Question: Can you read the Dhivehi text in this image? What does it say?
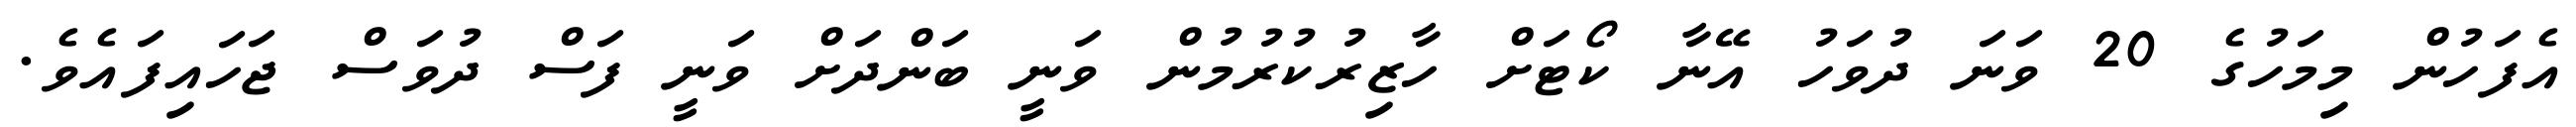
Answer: އެފަހުން މިމަހުގެ 20 ވަނަ ދުވަހު އޭނާ ކޯޓަށް ހާޒިރުކުރުމުން ވަނީ ބަންދަށް ވަނީ ފަސް ދުވަސް ޖަހައިފައެވެ.